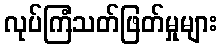
လုပ်ကြံသတ်ဖြတ်မှုများ